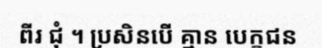
ពីរ ជុំ ។ ប្រសិនបើ គ្មាន បេក្ខជន